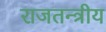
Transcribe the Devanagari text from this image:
राजतन्त्रीय